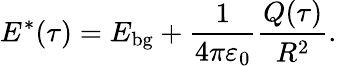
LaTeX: E^{*}(\tau)=E_{\mathrm{bg}}+\frac{1}{4\pi\varepsilon_{0}}\frac{Q(\tau)}{R^{2}}.